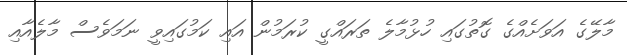
މާލޭގެ އަވަށެއްގެ ގޮތުގައި ހުޅުމާލެ ތަރައްގީ ކުރަމުން އައި ކަމުގައިވީ ނަމަވެސް މާލެއާއި